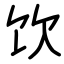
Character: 饮